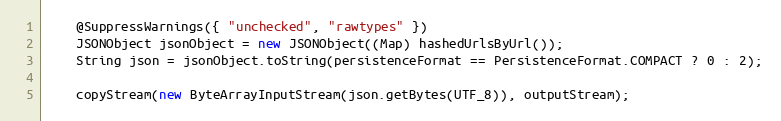
Language: Java
    @SuppressWarnings({ "unchecked", "rawtypes" })
    JSONObject jsonObject = new JSONObject((Map) hashedUrlsByUrl());
    String json = jsonObject.toString(persistenceFormat == PersistenceFormat.COMPACT ? 0 : 2);

    copyStream(new ByteArrayInputStream(json.getBytes(UTF_8)), outputStream);